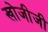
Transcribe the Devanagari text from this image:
खोजीजी